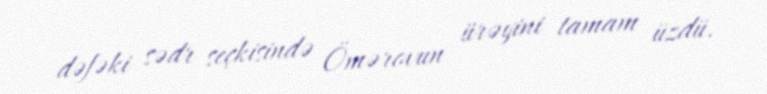
dəfəki sədr seçkisində Ömərovun ürəyini tamam üzdü.